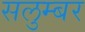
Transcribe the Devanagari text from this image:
सलुम्‍बर